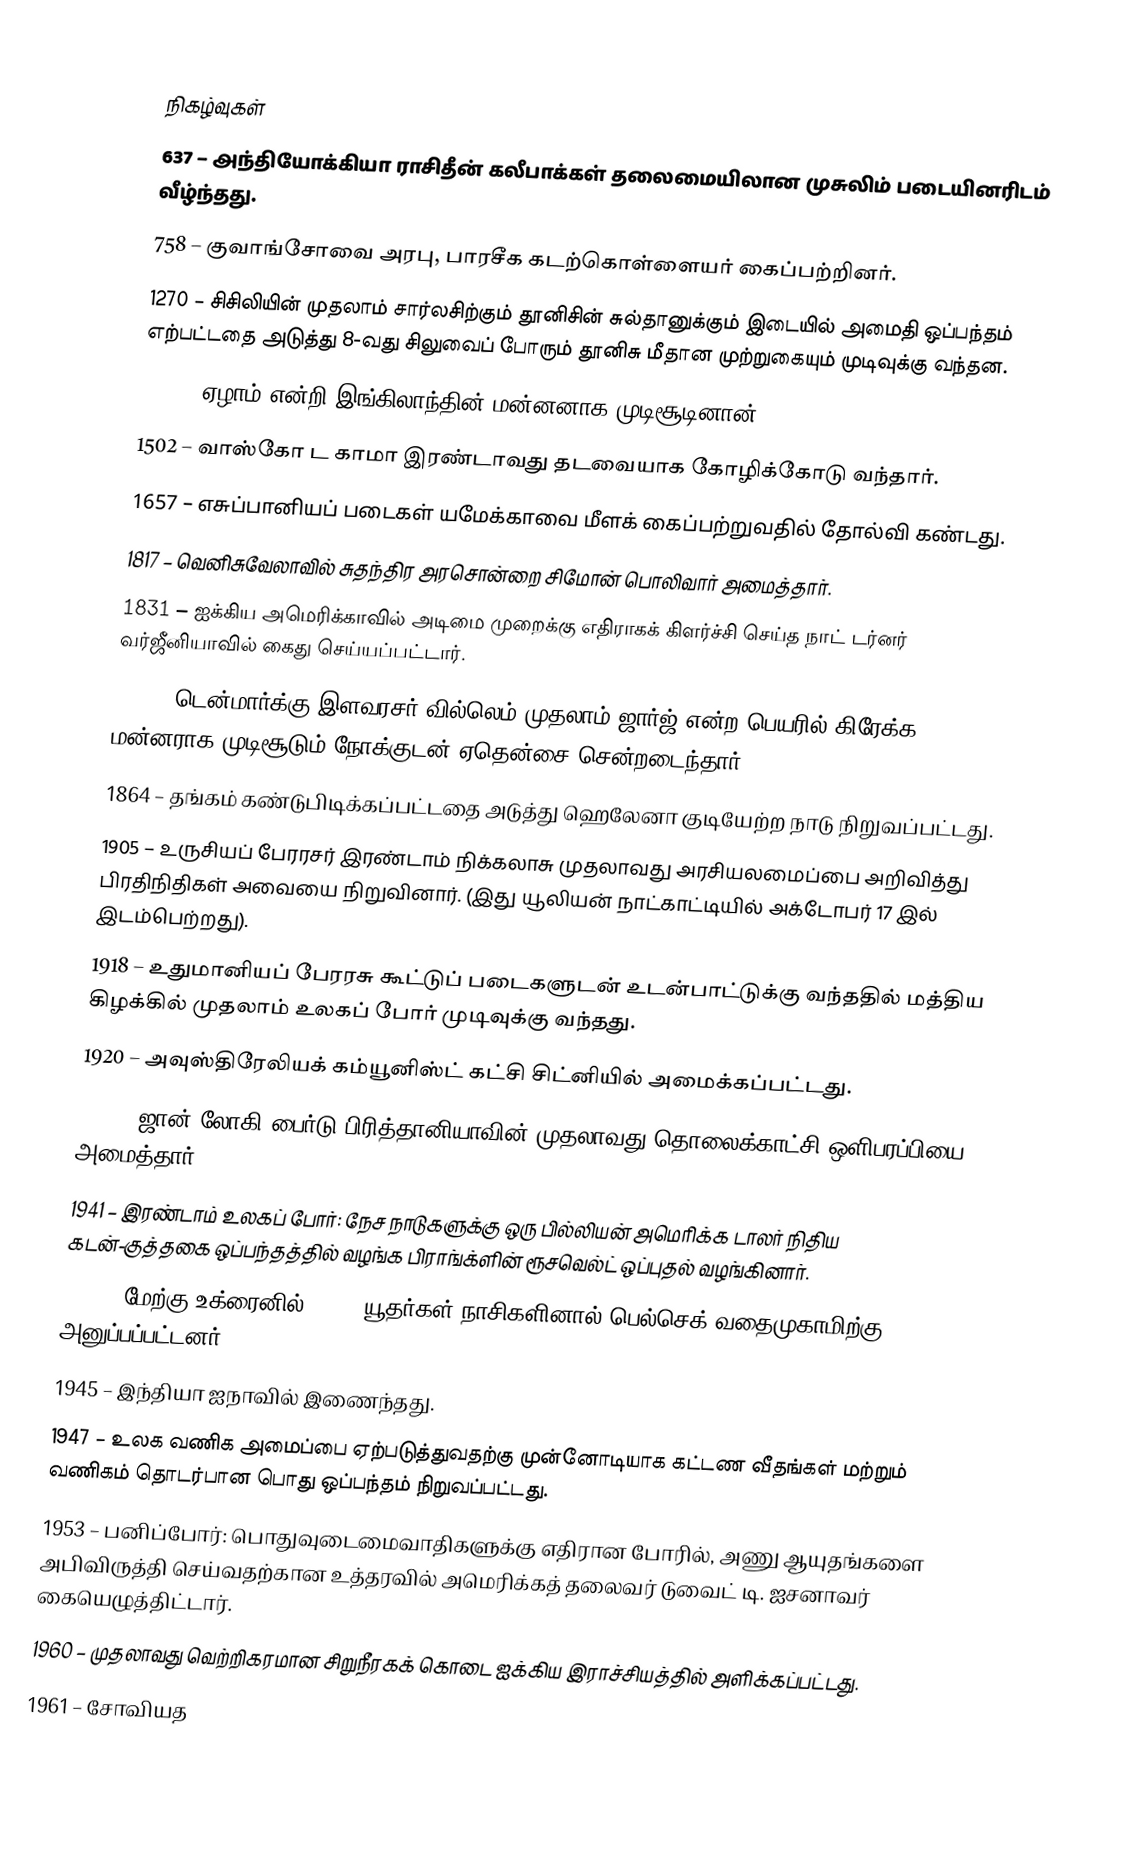

நிகழ்வுகள்
637 – அந்தியோக்கியா ராசிதீன் கலீபாக்கள் தலைமையிலான முசுலிம் படையினரிடம் வீழ்ந்தது.
758 – குவாங்சோவை அரபு, பாரசீக கடற்கொள்ளையர் கைப்பற்றினர்.
1270 – சிசிலியின் முதலாம் சார்லசிற்கும் தூனிசின் சுல்தானுக்கும் இடையில் அமைதி ஒப்பந்தம் எற்பட்டதை அடுத்து 8-வது சிலுவைப் போரும் தூனிசு மீதான முற்றுகையும் முடிவுக்கு வந்தன.
1485 – ஏழாம் என்றி இங்கிலாந்தின் மன்னனாக முடிசூடினான்.
1502 – வாஸ்கோ ட காமா இரண்டாவது தடவையாக கோழிக்கோடு வந்தார்.
1657 – எசுப்பானியப் படைகள் யமேக்காவை மீளக் கைப்பற்றுவதில் தோல்வி கண்டது.
1817 – வெனிசுவேலாவில் சுதந்திர அரசொன்றை சிமோன் பொலிவார் அமைத்தார்.
1831 – ஐக்கிய அமெரிக்காவில் அடிமை முறைக்கு எதிராகக் கிளர்ச்சி செய்த நாட் டர்னர் வர்ஜீனியாவில் கைது செய்யப்பட்டார்.
1863 – டென்மார்க்கு இளவரசர் வில்லெம் முதலாம் ஜார்ஜ் என்ற பெயரில் கிரேக்க மன்னராக முடிசூடும் நோக்குடன் ஏதென்சை சென்றடைந்தார்.
1864 – தங்கம் கண்டுபிடிக்கப்பட்டதை அடுத்து ஹெலேனா குடியேற்ற நாடு நிறுவப்பட்டது.
1905 – உருசியப் பேரரசர் இரண்டாம் நிக்கலாசு முதலாவது அரசியலமைப்பை அறிவித்து பிரதிநிதிகள் அவையை நிறுவினார். (இது யூலியன் நாட்காட்டியில் அக்டோபர் 17 இல் இடம்பெற்றது).
1918 – உதுமானியப் பேரரசு கூட்டுப் படைகளுடன் உடன்பாட்டுக்கு வந்ததில் மத்திய கிழக்கில் முதலாம் உலகப் போர் முடிவுக்கு வந்தது.
1920 – அவுஸ்திரேலியக் கம்யூனிஸ்ட் கட்சி சிட்னியில் அமைக்கப்பட்டது.
1925 – ஜான் லோகி பைர்டு பிரித்தானியாவின் முதலாவது தொலைக்காட்சி ஒளிபரப்பியை அமைத்தார்.
1941 – இரண்டாம் உலகப் போர்: நேச நாடுகளுக்கு ஒரு பில்லியன் அமெரிக்க டாலர் நிதிய கடன்-குத்தகை ஒப்பந்தத்தில்  வழங்க பிராங்க்ளின் ரூசவெல்ட் ஒப்புதல் வழங்கினார்.
1941 – மேற்கு உக்ரைனில் 1,500 யூதர்கள் நாசிகளினால் பெல்செக் வதைமுகாமிற்கு அனுப்பப்பட்டனர்.
1945 – இந்தியா ஐநாவில் இணைந்தது.
1947 – உலக வணிக அமைப்பை ஏற்படுத்துவதற்கு முன்னோடியாக கட்டண வீதங்கள் மற்றும் வணிகம் தொடர்பான பொது ஒப்பந்தம் நிறுவப்பட்டது.
1953 – பனிப்போர்:  பொதுவுடைமைவாதிகளுக்கு எதிரான போரில், அணு ஆயுதங்களை அபிவிருத்தி செய்வதற்கான உத்தரவில் அமெரிக்கத் தலைவர் டுவைட் டி. ஐசனாவர் கையெழுத்திட்டார்.
1960 – முதலாவது வெற்றிகரமான சிறுநீரகக் கொடை ஐக்கிய இராச்சியத்தில் அளிக்கப்பட்டது.
1961 – சோவியத